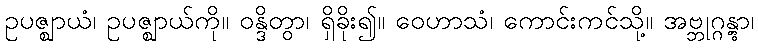
ဥပဇ္ဈာယံ၊ ဥပဇ္ဈာယ်ကို။ ဝန္ဒိတွာ၊ ရှိခိုး၍။ ဝေဟာသံ၊ ကောင်းကင်သို့။ အဗ္ဘုဂ္ဂန္တွာ၊